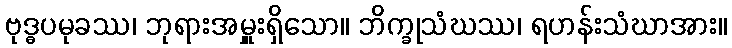
ဗုဒ္ဓပမုခဿ၊ ဘုရားအမှူးရှိသော။ ဘိက္ခုသံဃဿ၊ ရဟန်းသံဃာအား။